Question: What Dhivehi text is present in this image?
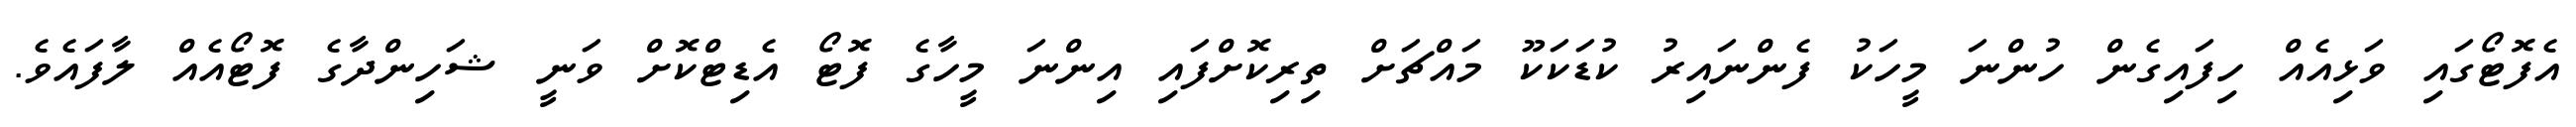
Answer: އެފޮޓޯގައި ވަޅިއެއް ހިފައިގެން ހުންނަ މީހަކު ފެންނައިރު ކުޑަކަކޫ މައްޗަށް ތިރިކޮށްފައި އިންނަ މީހާގެ ފޮޓޯ އެޑިޓްކޮށް ވަނީ ޝަހިންދާގެ ފޮޓޯއެއް ލާފައެވެ.